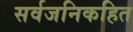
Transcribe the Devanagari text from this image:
सर्वजनिकहित